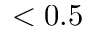
< 0 . 5